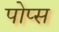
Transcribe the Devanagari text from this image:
पोप्स